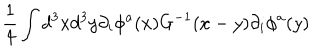
LaTeX: \frac { 1 } { 4 } \int d ^ { 3 } x d ^ { 3 } y \partial _ { i } \phi ^ { a } ( x ) G ^ { - 1 } ( x - y ) \partial _ { i } \phi ^ { a } ( y )